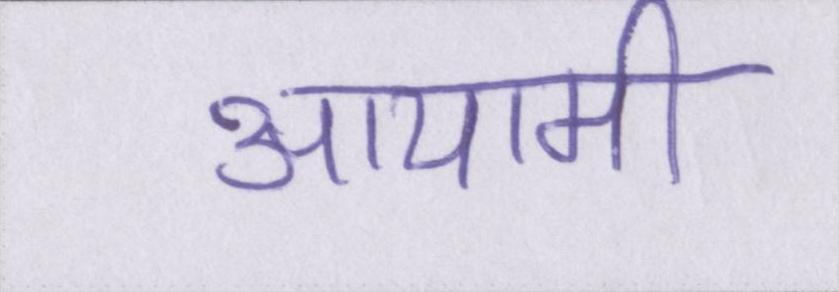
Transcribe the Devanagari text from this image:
आयामी